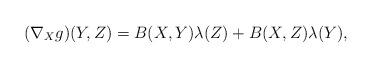
LaTeX: \begin{align*} (\nabla_{X}g)(Y,Z)= B(X,Y)\lambda(Z) + B(X,Z)\lambda(Y), \end{align*}